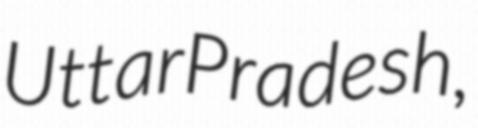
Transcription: Uttar Pradesh,